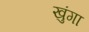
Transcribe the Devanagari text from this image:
खुंगा